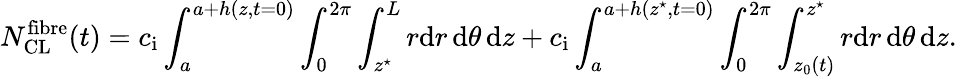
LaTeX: N_{\mathrm{CL}}^{\mathrm{fibre}}(t)=c_{\mathrm{i}}\int_{a}^{a+h(z,t=0)}\int_{0}^{2\pi}\int_{z^{\star}}^{L}r\mathrm{d}r\, \mathrm{d}\theta\, \mathrm{d}z+c_{\mathrm{i}}\int_{a}^{a+h(z^{\star},t=0)}\int_{0}^{2\pi}\int_{z_{0}(t)}^{z^{\star}}r\mathrm{d}r\, \mathrm{d}\theta\, \mathrm{d}z.